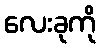
လေးခုကို